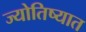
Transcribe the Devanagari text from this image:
ज्योतिष्यात